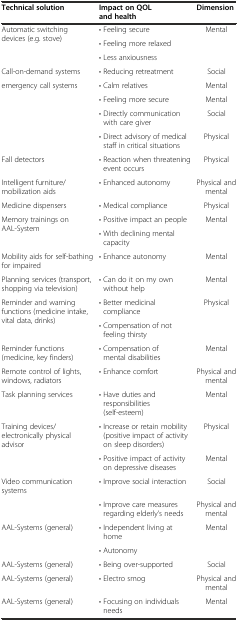
| Technical solution | Impact on QOL and health | Dimension |
 | --- | --- | --- |
 | <ROWSPAN=3> Automatic switching devices (e.g. stove) | • Feeling secure | <ROWSPAN=3> Mental |
 | • Feeling more relaxed |
 | • Less anxiousness |
 | Call-on-demand systems | • Reducing retreatment | Social |
 | emergency call systems | • Calm relatives | Mental |
 |  | • Feeling more secure | Mental |
 |  | • Directly communication with care giver | Social |
 |  | • Direct advisory of medical staff in critical situations | Physical |
 | Fall detectors | • Reaction when threatening event occurs | Physical |
 | Intelligent furniture/mobilization aids | • Enhanced autonomy | Physical and mental |
 | Medicine dispensers | • Medical compliance | Physical |
 | <ROWSPAN=2> Memory trainings on AAL-System | • Positive impact an people | <ROWSPAN=2> Mental |
 | • With declining mental capacity |
 | Mobility aids for self-bathing for impaired | • Enhance autonomy | Mental |
 | Planning services (transport, shopping via television) | • Can do it on my own without help | Mental |
 | <ROWSPAN=2> Reminder and warning functions (medicine intake, vital data, drinks) | • Better medicinal compliance | <ROWSPAN=2> Physical |
 | • Compensation of not feeling thirsty |
 | Reminder functions (medicine, key finders) | • Compensation of mental disabilities | Mental |
 | Remote control of lights, windows, radiators | • Enhance comfort | Physical and mental |
 | Task planning services | • Have duties and responsibilities (self-esteem) | Mental |
 | Training devices/ electronically physical advisor | • Increase or retain mobility (positive impact of activity on sleep disorders) | Physical |
 |  | • Positive impact of activity on depressive diseases | Mental |
 | Video communication systems | • Improve social interaction | Social |
 |  | • Improve care measures regarding elderly’s needs | Physical and mental |
 | <ROWSPAN=2> AAL-Systems (general) | • Independent living at home | <ROWSPAN=2> Mental |
 | • Autonomy |
 | AAL-Systems (general) | • Being over-supported | Social |
 | AAL-Systems (general) | • Electro smog | Physical and mental |
 | AAL-Systems (general) | • Focusing on individuals needs | Mental |